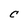
Character: c